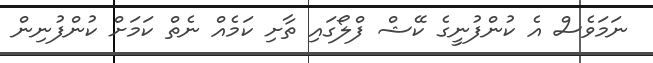
ނަމަވެސް އެ ކުންފުނީގެ ކޭޝް ފްލޯގައި ތާށި ކަމެއް ނެތް ކަމަށް ކުންފުނިން